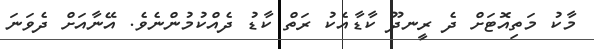
މާކު މަތިއޮޓަށް ދެ ރީނދޫ ކާޑާއެކު ރަތް ކާޑު ދެއްކުމުންނެވެ. އޭނާއަށް ދެވަނަ